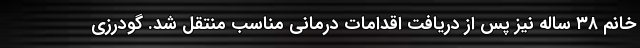
خانم ۳۸ ساله نیز پس از دریافت اقدامات درمانی مناسب منتقل شد. گودرزی